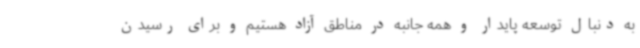
به دنبال توسعه پایدار و همه جانبه در مناطق آزاد هستیم و برای رسیدن